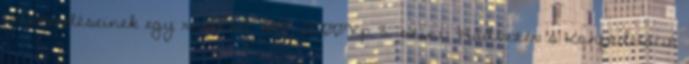
felszereléseinek egy részével. 1001 2500Xp 3. szint: Hadvezér: a Konföderáció